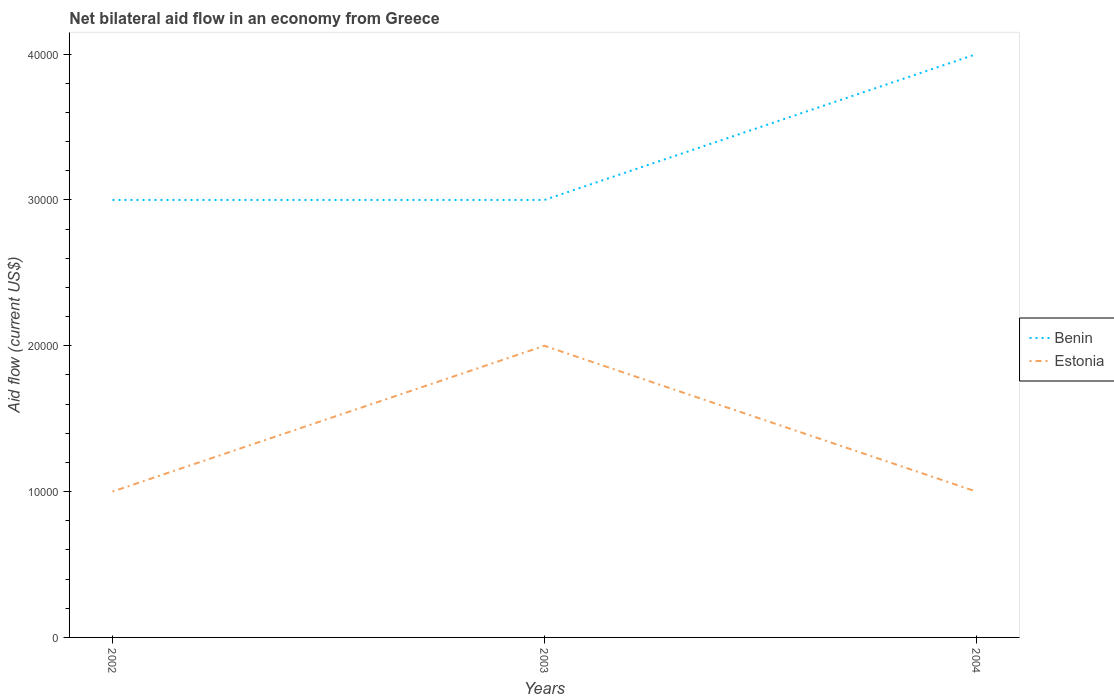
| Years | Benin | Estonia |
 | --- | --- | --- |
 | 2002 | 3e+04 | 1e+04 |
 | 2003 | 3e+04 | 2e+04 |
 | 2004 | 4e+04 | 1e+04 |